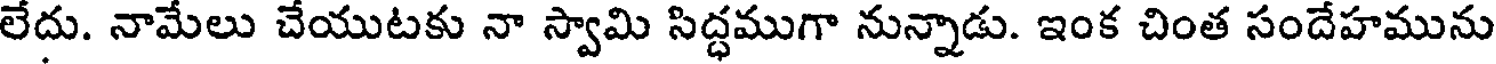
లేదు. నామేలు చేయుటకు నా స్వామి సిద్ధముగా నున్నాడు. ఇంక చింత సందేహమును